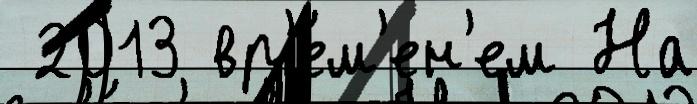
 2013 вр'е́м'ен'ем На